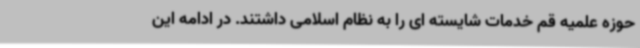
حوزه علمیه قم خدمات شایسته ای را به نظام اسلامی داشتند. در ادامه این